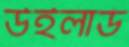
উইলার্ড